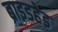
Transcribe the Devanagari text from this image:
ब्राइडहेड